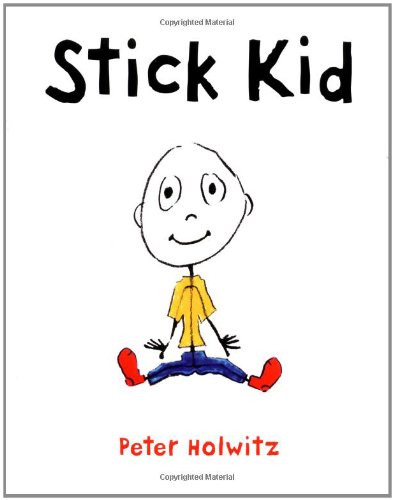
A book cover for Stick Kid; Peter Holwitz; Parenting & Relationships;